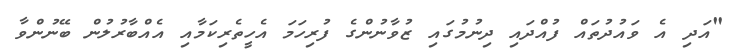
"އަދި އެ ވައުދުތައް ފުއްދައި ދިނުމުގައި ޒުވާނުންގެ ފުރިހަމަ އެހީތެރިކަމާއި އެއްބާރުލުން ބޭނުންވާ